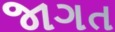
જાગત